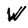
Character: W